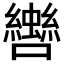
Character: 𡅀